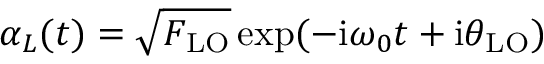
\alpha _ { L } ( t ) = \sqrt { F _ { \mathrm { L O } } } \exp ( - \mathrm { i } \omega _ { 0 } t + \mathrm { i } \theta _ { \mathrm { L O } } )